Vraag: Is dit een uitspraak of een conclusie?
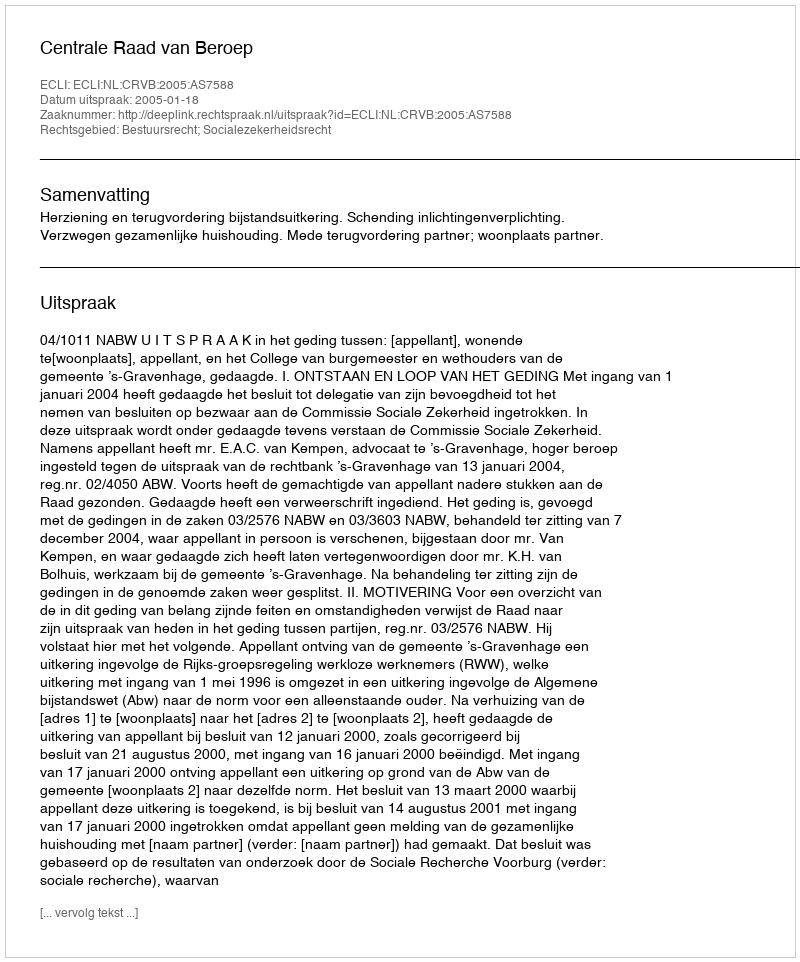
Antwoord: Uitspraak